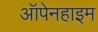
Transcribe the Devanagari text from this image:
ऑपेनहाइम